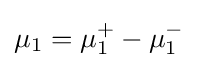
\mu _{1}=\mu _{1}^{+}-\mu _{1}^{-}